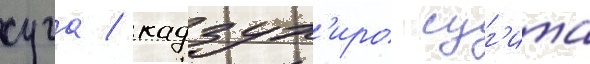
суга / кадзух'иро суг'ита